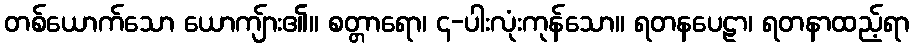
တစ်ယောက်သော ယောကျ်ား၏။ စတ္တာရော၊ ၄-ပါးလုံးကုန်သော။ ရတနပေဠာ၊ ရတနာထည့်ရာ